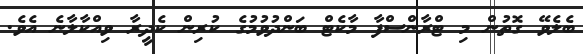
ބެލެވޭ ގޮތުން މި ޓްރާންސްފާ މާކެޓް ބަންދުވުމުގެ ކުރިން ކެދީރާ ވިއްކާލާނެ އެވެ.